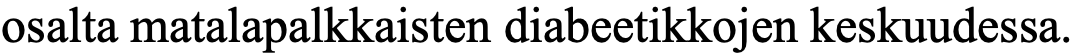
osalta matalapalkkaisten diabeetikkojen keskuudessa.